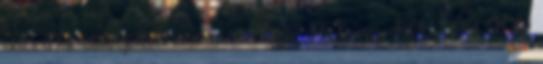
218 D2 videojáték animáció Digic Pictures Kft. 802 200